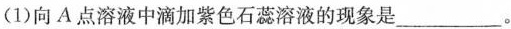
(1)向A点溶液中滴加紫色石蕊溶液的现象是___。